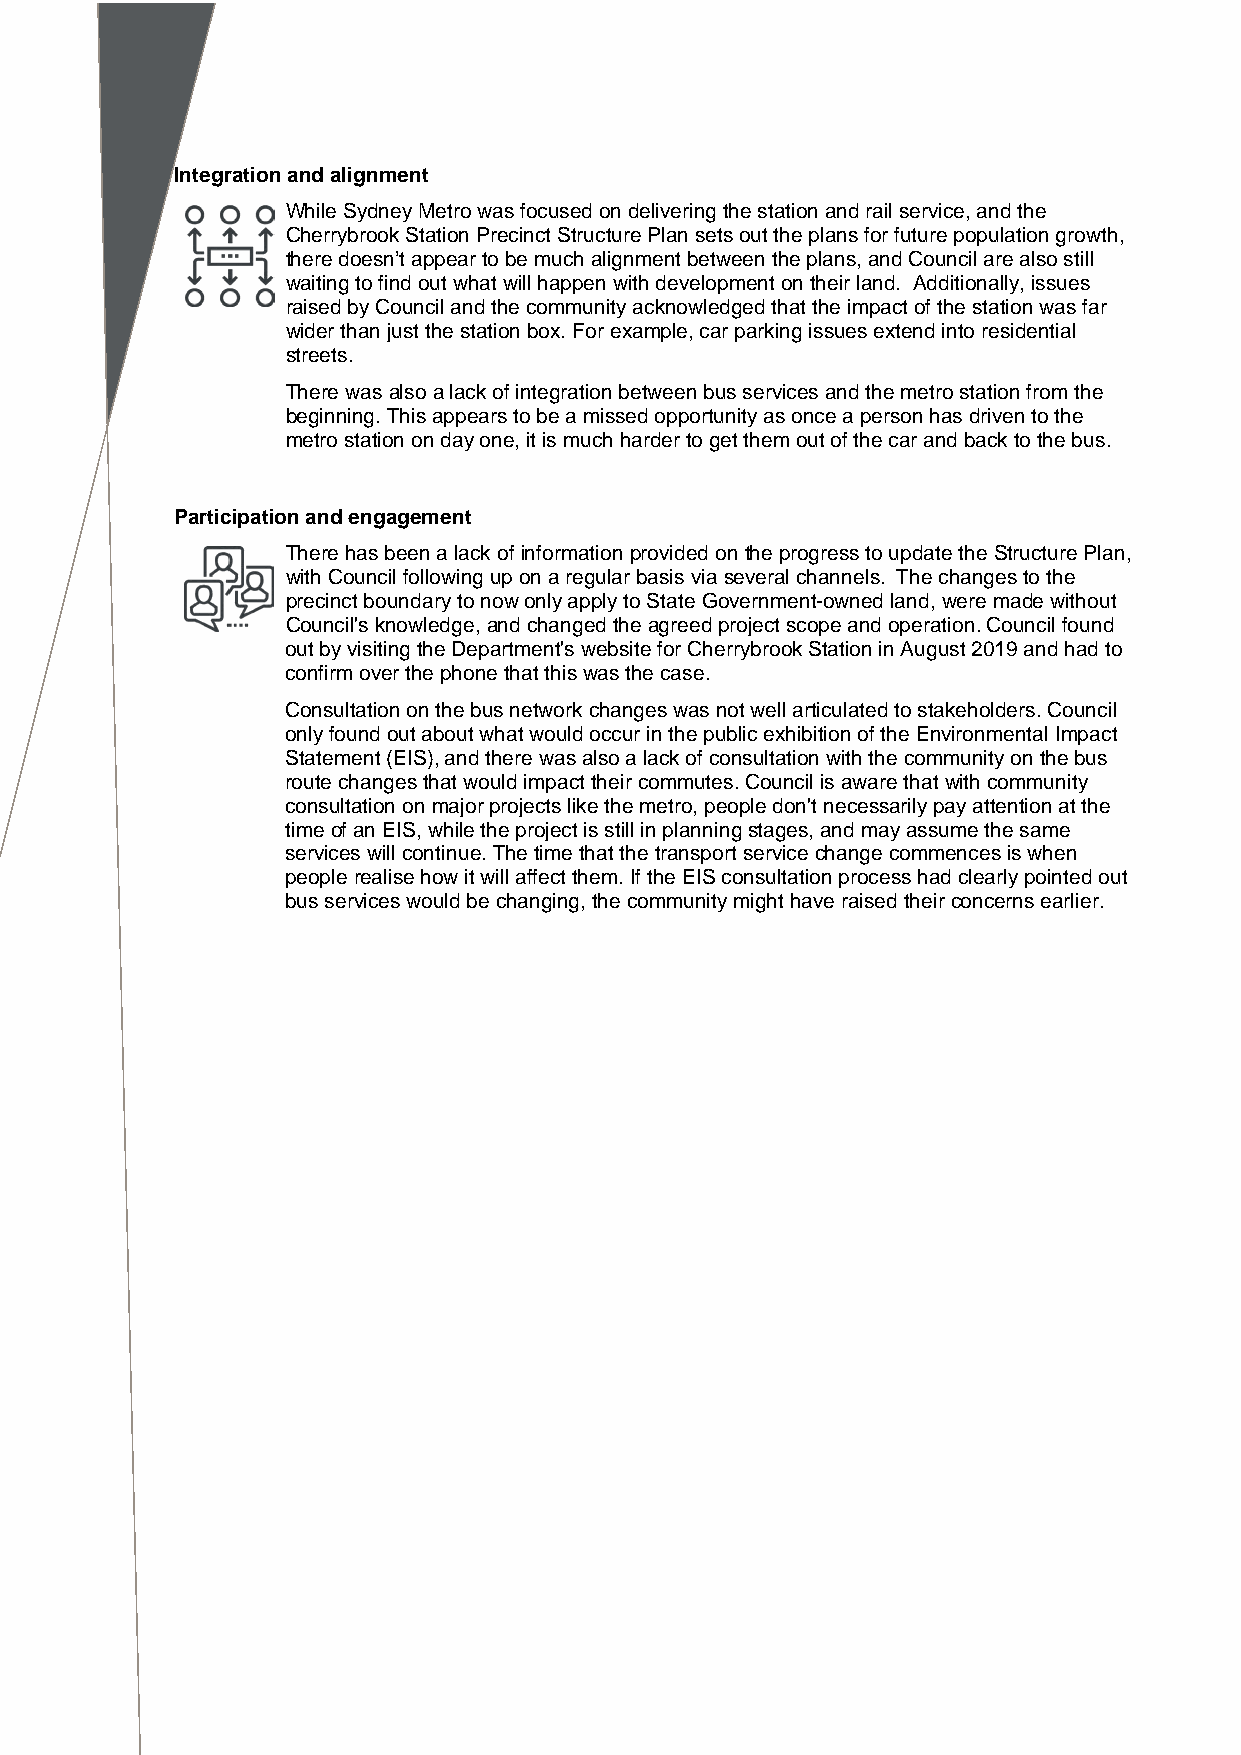
Integration and alignment
 While Sydney Metro was focused on delivering the station and rail service, and the
 Cherrybrook Station Precinct Structure Plan sets out the plans for future population growth,
 there doesn’t appear to be much alignment between the plans, and Council are also still
 waiting to find out what will happen with development on their land. Additionally, issues
 raised by Council and the community acknowledged that the impact of the station was far
 wider than just the station box. For example, car parking issues extend into residential
 streets.
 There was also a lack of integration between bus services and the metro station from the
 beginning. This appears to be a missed opportunity as once a person has driven to the
 metro station on day one, it is much harder to get them out of the car and back to the bus.
 Participation and engagement
 There has been a lack of information provided on the progress to update the Structure Plan,
 with Council following up on a regular basis via several channels. The changes to the
 precinct boundary to now only apply to State Government-owned land, were made without
 Council's knowledge, and changed the agreed project scope and operation. Council found
 out by visiting the Department's website for Cherrybrook Station in August 2019 and had to
 confirm over the phone that this was the case.
 Consultation on the bus network changes was not well articulated to stakeholders. Council
 only found out about what would occur in the public exhibition of the Environmental Impact
 Statement (EIS), and there was also a lack of consultation with the community on the bus
 route changes that would impact their commutes. Council is aware that with community
 consultation on major projects like the metro, people don't necessarily pay attention at the
 time of an EIS, while the project is still in planning stages, and may assume the same
 services will continue. The time that the transport service change commences is when
 people realise how it will affect them. If the EIS consultation process had clearly pointed out
 bus services would be changing, the community might have raised their concerns earlier.